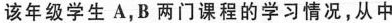
该年级学生A，B两门课程的学习情况，从中